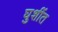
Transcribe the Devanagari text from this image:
घुशींत